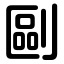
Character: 剾